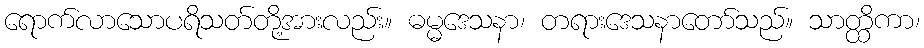
ရောက်လာသောပရိသတ်တို့အားလည်း။ ဓမ္မဒေသနာ၊ တရားဒေသနာတော်သည်။ သာတ္ထိကာ၊